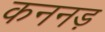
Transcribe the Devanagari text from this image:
कननड़